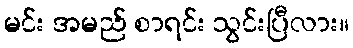
မင်း အမည် စာရင်း သွင်းပြီလား။